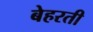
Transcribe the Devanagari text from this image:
बेहरती